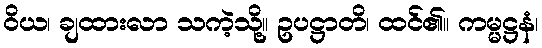
ဝိယ၊ ချထားလာ သကဲ့သို့။ ဥပဋ္ဌာတိ၊ ထင်၏။ ကမ္မဋ္ဌနံ၊